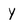
Character: y